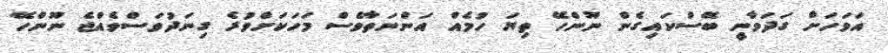
އަވަހަށް ގަދަވާނީ ބޭސްކައިގެން ނޫންހޭ ތިޔަ ހުމެއް އަންނަތާވެސް މަހަކަށްވުރެ ގިނަދުވަސްވެއްޖެ ނޫންހޭ